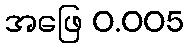
အဖြေ 0.005